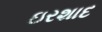
ઇરશાદ